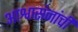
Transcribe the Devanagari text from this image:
आश्वासंनांची